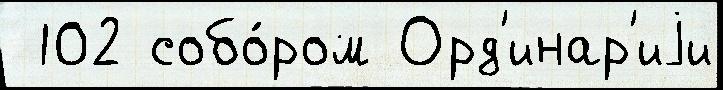
 102 собо́ром Орд'инар'иjи